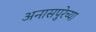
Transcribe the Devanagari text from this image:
अनासपुरेच्या